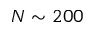
N \sim 2 0 0